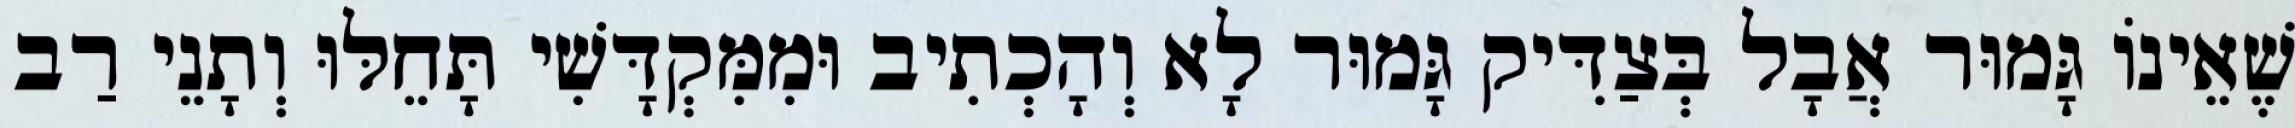
שֶׁאֵינוֹ גָּמוּר אֲבָל בְּצַדִּיק גָּמוּר לָא וְהָכְתִיב וּמִמִּקְדָּשִׁי תָּחֵלּוּ וְתָנֵי רַב